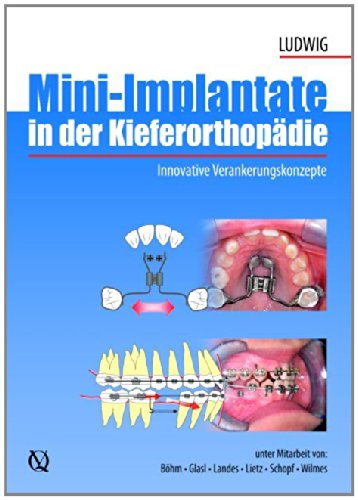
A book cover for Mini-implants in Orthodontics: Innovative Anchorage Concepts; Bjorn Ludwig; Medical Books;